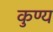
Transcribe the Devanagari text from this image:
कुण्य